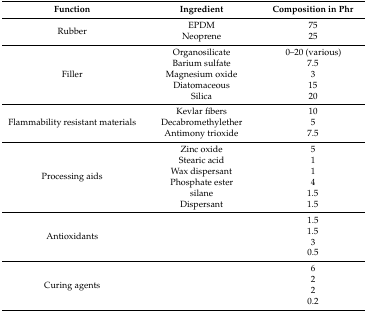
<table><thead><tr><td><b>Function</b></td><td><b>Ingredient</b></td><td><b>Composition in Phr</b></td></tr></thead><tbody><tr><td>Rubber</td><td>EPDMNeoprene</td><td>7525</td></tr><tr><td>Filler</td><td>OrganosilicateBarium sulfateMagnesium oxideDiatomaceousSilica</td><td>0–20 (various)7.531520</td></tr><tr><td>Flammability resistant materials</td><td>Kevlar fibersDecabromethyletherAntimony trioxide</td><td>1057.5</td></tr><tr><td>Processing aids</td><td>Zinc oxideStearic acidWax dispersantPhosphate estersilaneDispersant</td><td>51141.51.5</td></tr><tr><td>Antioxidants</td><td>[EMPTY_CELL]</td><td>1.51.530.5</td></tr><tr><td>Curing agents</td><td>[EMPTY_CELL]</td><td>6220.2</td></tr></tbody></table>